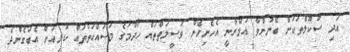
އަދި ސްކޫލްތަކަށް ބޭނުންވާ އުމްރާނީ އެހެނިހެން ވަސީލަތްތައް ހޯދުމުގެ މަސައްކަތްތައް ކުރިއަށް އެބަގެންދެ